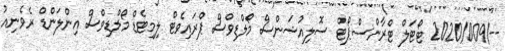
--/2020/009 ޓޯޓަލް ޓްރާންސްޕޯޓް ސޮލިއުޝަންސް މޯލްޑިވްސް ޕްރައިވެޓް ލިމިޓެޑް މޯލްޑިވްސް އިންލަންޑް ރެވެނިއު